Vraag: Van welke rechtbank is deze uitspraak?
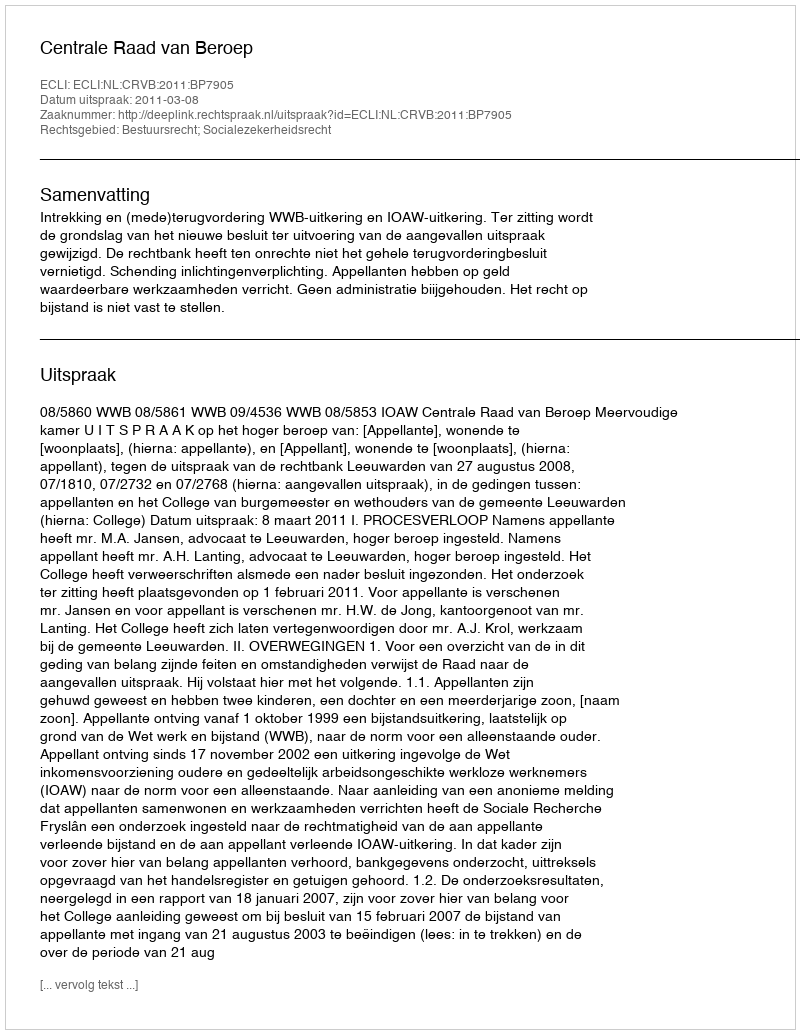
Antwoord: Centrale Raad van Beroep